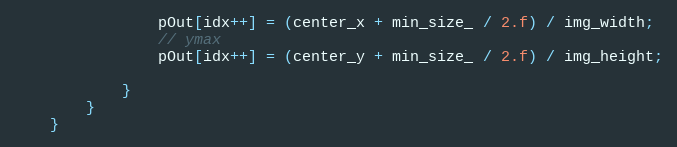
Language: C++
                pOut[idx++] = (center_x + min_size_ / 2.f) / img_width;
                // ymax
                pOut[idx++] = (center_y + min_size_ / 2.f) / img_height;

			}
		}
	}